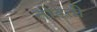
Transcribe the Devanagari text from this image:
तोडती